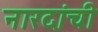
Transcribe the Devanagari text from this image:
नारदांची